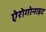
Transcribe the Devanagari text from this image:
ऐरोगोनाइट